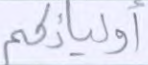
أوليائكم